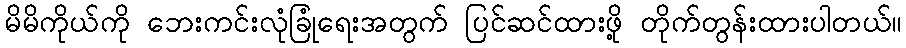
မိမိကိုယ်ကို ဘေးကင်းလုံခြုံရေးအတွက် ပြင်ဆင်ထားဖို့ တိုက်တွန်းထားပါတယ်။